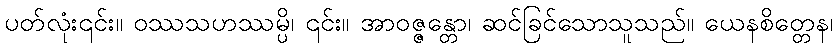
ပတ်လုံး၎င်း။ ဝဿသဟဿမ္ပိ၊ ၎င်း။ အာဝဇ္ဇန္တော၊ ဆင်ခြင်သောသူသည်။ ယေနစိတ္တေန၊